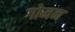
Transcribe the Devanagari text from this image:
गोमन